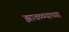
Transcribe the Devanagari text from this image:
झावळ्याच्या